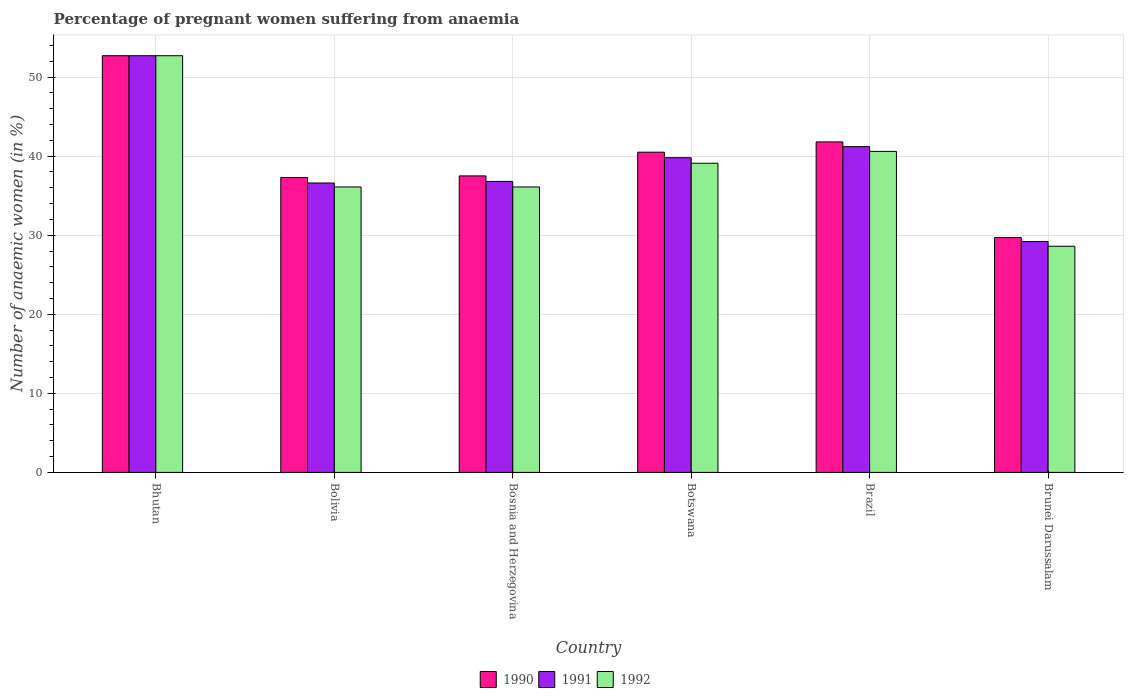
| Country | 1990 | 1991 | 1992 |
 | --- | --- | --- | --- |
 | Bhutan | 52.7 | 52.7 | 52.7 |
 | Bolivia | 37.3 | 36.6 | 36.1 |
 | Bosnia and Herzegovina | 37.5 | 36.8 | 36.1 |
 | Botswana | 40.5 | 39.8 | 39.1 |
 | Brazil | 41.8 | 41.2 | 40.6 |
 | Brunei Darussalam | 29.7 | 29.2 | 28.6 |